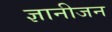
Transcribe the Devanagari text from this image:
ज्ञानीजन